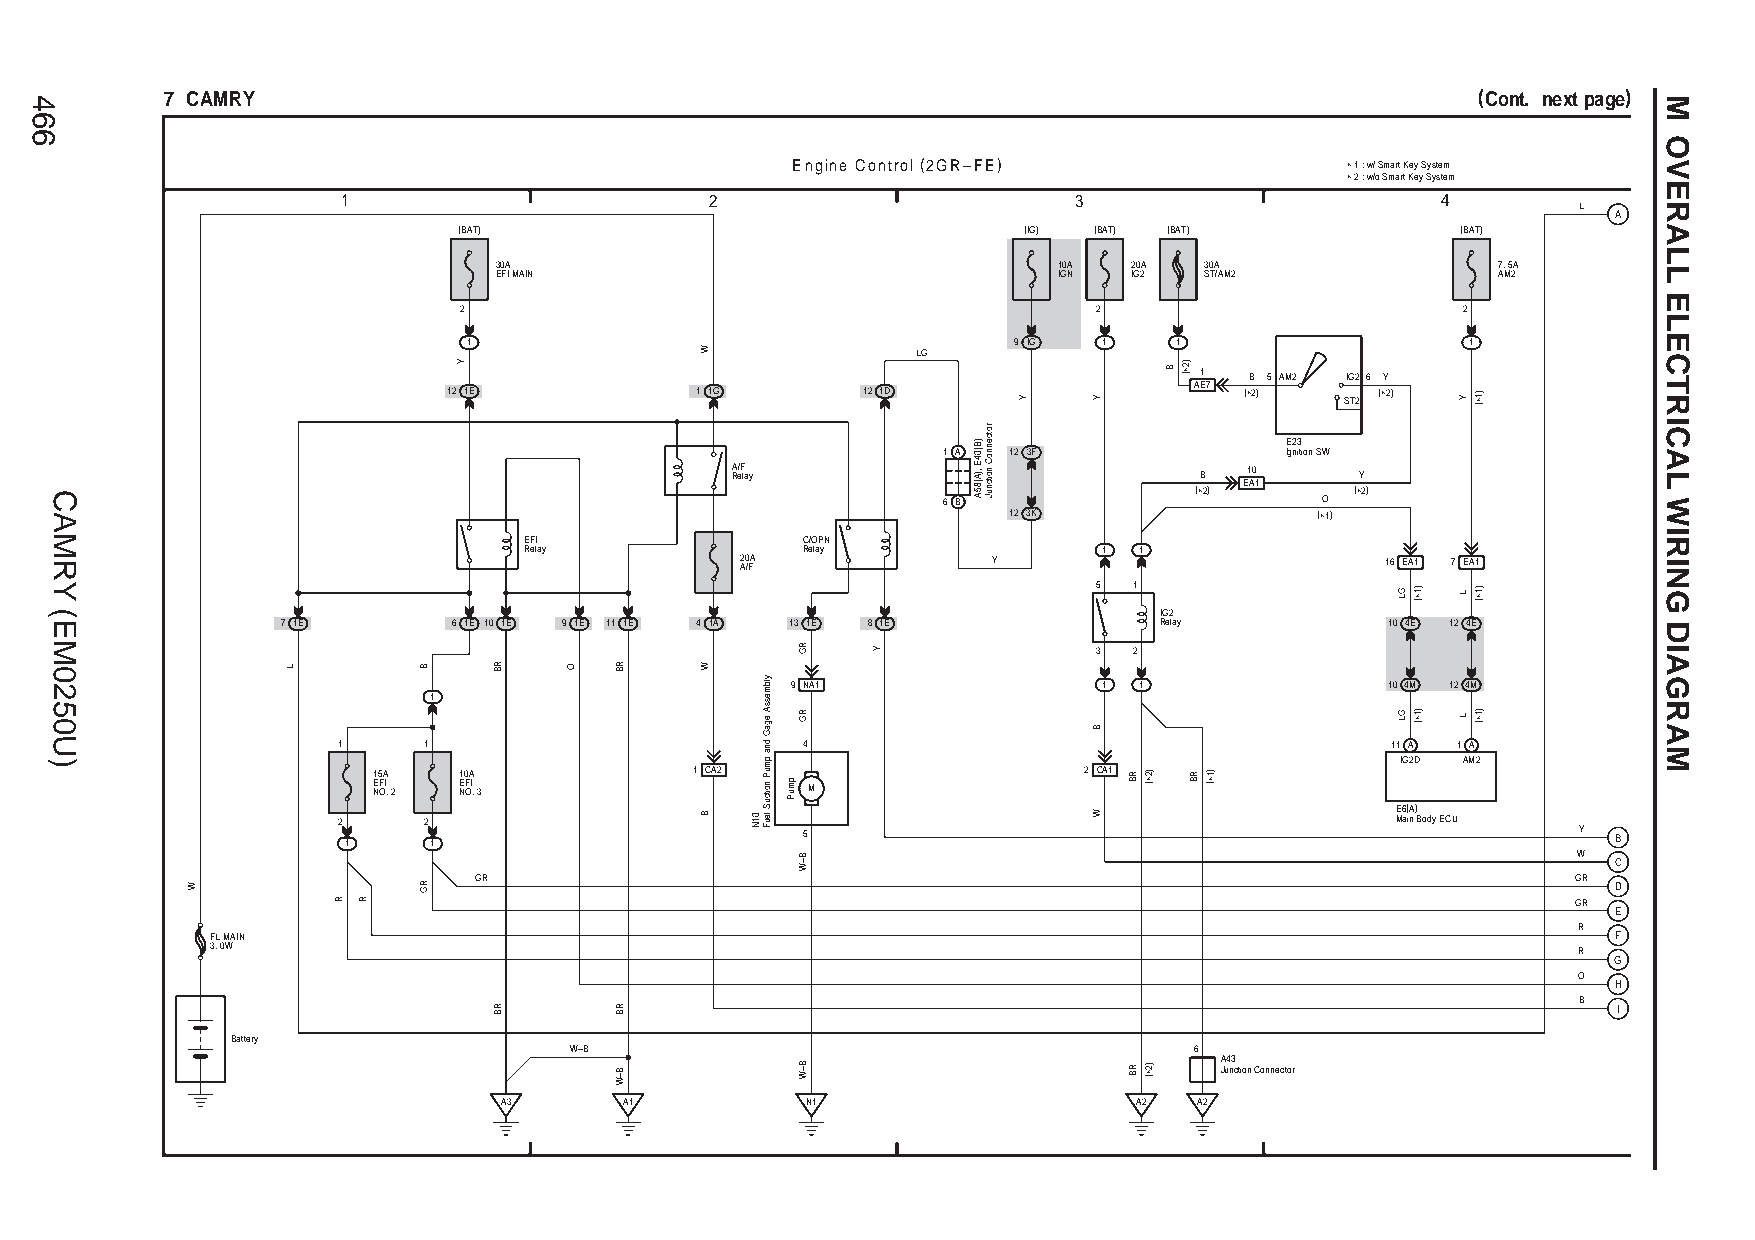
7 CAMRY                                                                                (Cont. next page)
 Engine Control (2GR–FE)              ∗ 1 : w/ Smart Key System
 ∗ 2 : w/o Smart Key System
 1                       2                       3                       4
 L
 A
 (BAT)                                 (IG) (BAT) (BAT)             (BAT)
 30A                                  10A  20A  30A                7. 5A
 EFI MAIN                             IGN  IG2  ST/AM2             AM2
 2                                          2                       2
 1                                   9 IG  1    1                  1
 LG
 1   B 5 AM2 IG26 Y
 12 1E           1 1G       12 1D                 AE7 (∗2)    (∗2) ST2
 E23
 1 A  12 3F             Ignition SW
 A R/ eF lay                    B   10     Y
 (∗2) EA1   (∗2) 6 B O
 12 3K               (∗1)
 EFI               C/OPN
 Relay             Relay               1 1
 2 A0 /FA         Y                         16 EA1 7 EA1
 5 1
 IG2
 7 1E       6 1E 10 1E 9 1E 11 1E 4 1A 13 1E 8 1E          Relay          10 4E 12 4E
 3 2
 9 NA1                1 1                10 4M 12 4M
 1
 1     1                        4                                      11 A 1 A
 IG2D AM2
 15A  10A             1 CA2                     2 CA1
 E NF OI . 2 E NF OI . 3     M
 E6(A) 2 2 Main Body ECU
 1    1                        5                                                  Y  B
 W  C
 GR                                                                       GR
 D
 GR
 E
 R
 FL MAIN                                                                                      F
 3. 0W                                                                                     R
 G
 O
 H
 B
 I
 Battery
 W–B                                      6
 A43 Junction Connector
 A3      A1          N1                    A2  A2
 466
 CAMRY
 (EM0250U)
 W
 L
 R R
 B
 RG
 Y
 RB
 RB
 O   RB
 RB
 B–W
 W
 W
 B   01N
 ylbmessA
 egaG
 dna
 pmuP
 noitcuS
 leuF
 pmuP
 RG
 RG
 B–W
 B–W
 Y
 )B(04E
 ,)A(85A
 rotcennoC
 noitcnuJ
 Y    Y
 B
 W
 RB
 RB
 )2∗(
 )2∗(
 B )2∗(
 RB )1∗(
 GL
 GL
 )1∗(
 )1∗(
 Y
 L
 L
 )1∗(
 )1∗(
 )1∗(
 M
 OVERALL
 ELECTRICAL
 WIRING
 DIAGRAM